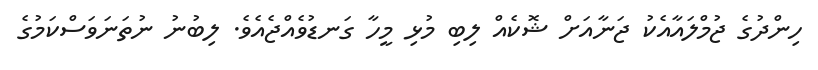
ހިންދުގެ ޖުމްލައާއެކު ޖަނާއަށް ޝޮކެއް ލިބި މުޅި މީހާ ގަނޑުވެއްޖެއެވެ. ލިބުނު ނުތަނަވަސްކަމުގެ